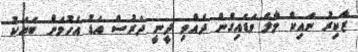
ޒާކިރު ނައިކް މާލެ ވަޑައިގެން ދެއްވި ދީނީ ދަރުސް އަޑު އެހުމަށް ބަޔަކު